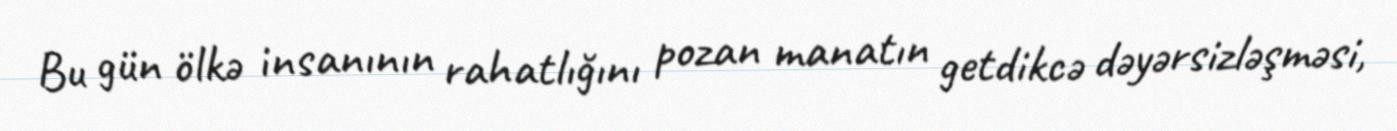
Bu gün ölkə insanının rahatlığını pozan manatın getdikcə dəyərsizləşməsi,